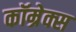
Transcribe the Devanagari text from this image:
कॉम्रेक्स